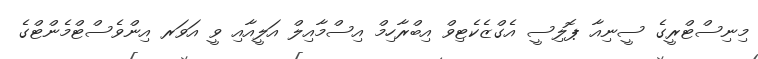
މިނިސްޓްރީގެ ސީނިއާ ޕޮލިސީ އެގްޒެކެޓިވް އިބްރާހިމް އިސްމާއިލް އަލީއާއި ވީ އަވަރ އިންވެސްޓްމެންޓްގެ